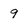
Character: 9